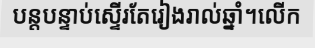
បន្តបន្ទាប់ស្ទើរតែរៀងរាល់ឆ្នាំ។លើក